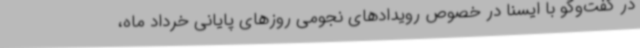
در گفت‌وگو با ایسنا در خصوص رویدادهای نجومی روزهای پایانی خرداد ماه،